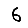
Digit: 6